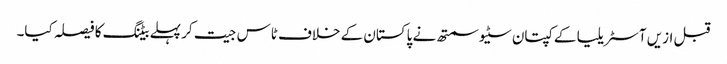
قبل ازیں آسٹریلیا کے کپتان سٹیو سمتھ نے پاکستان کے خلاف ٹاس جیت کر پہلے بیٹنگ کا فیصلہ کیا۔